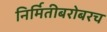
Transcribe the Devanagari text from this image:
निर्मितीबरोबरच